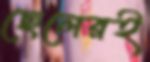
ছেলেরই